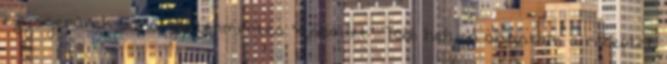
egyszerűnek tűnő, gluténmentes "zsömlét". Több helyen olvastam a receptet